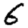
Digit: 6